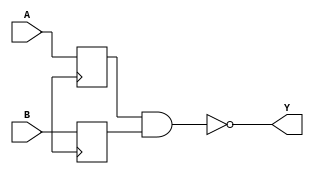
module NAND_gate_delay (input wire A, input wire B, output reg Y);

  reg synchronized_A, synchronized_B;
  
  // Synchronization blocks for input signals
  always @ (posedge clk) begin
    synchronized_A <= A;
    synchronized_B <= B;
  end
  
  // Delay block for input signals
  always @ (posedge clk) begin
    // Insert delay logic here
  end
  
  // NAND gate operation
  always @ (*) begin
    Y <= ~ (synchronized_A & synchronized_B);
  end
  
endmodule